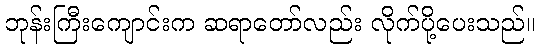
ဘုန်းကြီးကျောင်းက ဆရာတော်လည်း လိုက်ပို့ပေးသည်။